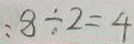
: 8 \div 2 = 4